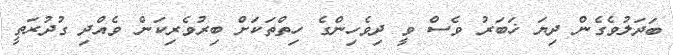
ބަދަލުވެގެން ދިޔަ ޚަބަރު ވެސް ވީ ދިވެހިންގެ ހިތްތަކަށް ބިރުވެރިކަން ވެއްދި ގުދުރަތީ